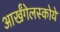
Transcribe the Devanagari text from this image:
आर्खंगेलस्कोये